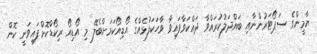
ޔާމީންގެ ސަޕޯޓަރުންނާއި ބައްދަލުކުރައްވާ ދައްކަވާފައިވާ ވާހަކަފުޅެއްގެ އޯޑިއޯކަމަށްބެލޭ މި އޯޑިއޯ ރިކޯޑްކޮށްފައިވަނީ ކޮން